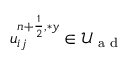
u _ { i j } ^ { { n + \frac { 1 } { 2 } } , \ast y } \in \mathcal { U } _ { \textrm { a d } }